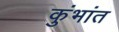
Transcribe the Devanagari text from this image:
कुंभांत